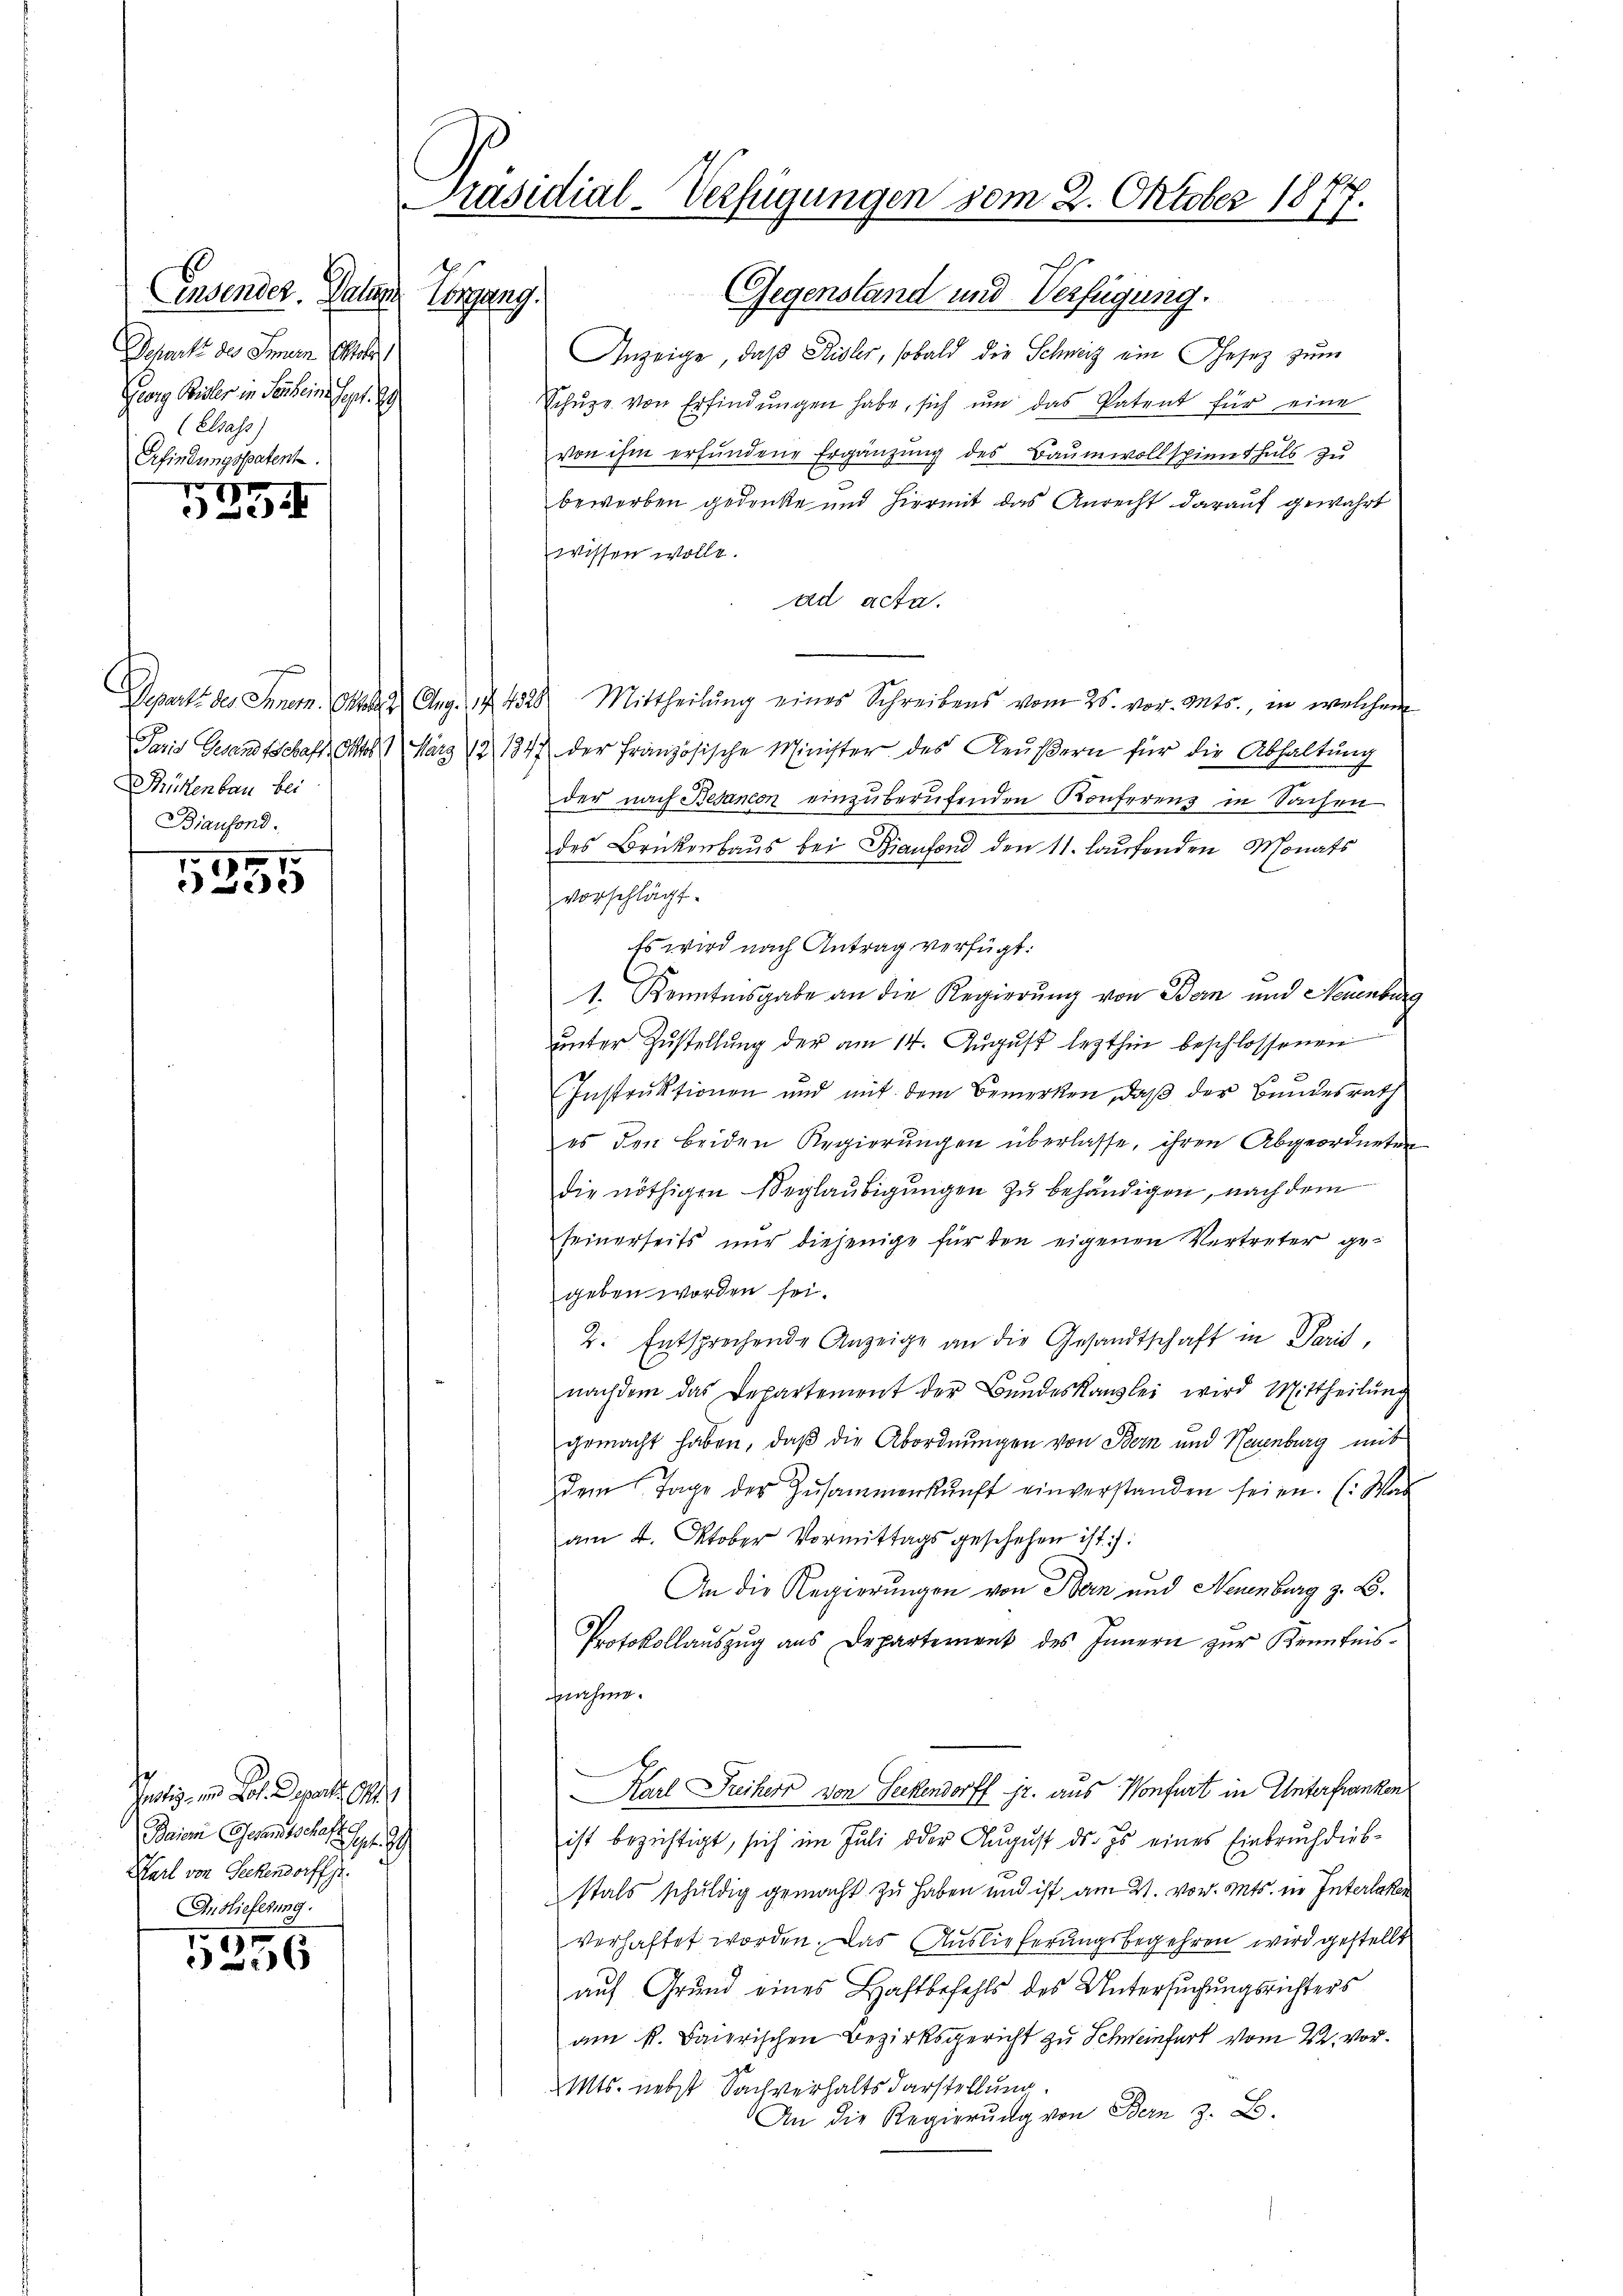
insender. Paten.
Coppeng.
Schaft des Innern Elter
Georg Büsler in Serbeins Sept. 19
(Elsass)
Erfindungspatent.

254

17
e

Potiz am 1. Depart. 19
Baier Gesandtschaft f. 9
Karl von Seckendorff se
Anslieferung.

5256

Füttenbau bei
Biaufond.

Präsidial-Verfügungen vom 2. Oktober 1877.
.

Gegenstand und Verfügung.
Anzeige, daß Sidler, sobald die Schweiz ein Gesez zum
Schŭpe von Erfindŭngen habe, sich ŭm das Patent für eine
von ihm erfŭndene Ergänzŭng des Baumwollspinnthals zŭ
beworben gedenke und hiermit das Anrecht darauf gewährt
wissen wolle.
ad acta.
Departs des Innern. Otten Aug. 17. 4328. Mittheilŭng eines Schreibens vom 25. vor. Mts., in welchem
Paris Gesandtschaft Otto 1 März 12, 1847 der Französische Minister des Reŭβern für die Abhaltŭng
der nach Besancen einzuberufenden Konferens in Sachen
des Brückenhaus bei Bianfond den 11. laufenden Monats
vorschlägt.
Es wird nach Antrag verfügt:
1. Kenntnisgabe an die Regierung von Bern und Neuenburg
unter Zustellung der am 14. August lezthin beschlossenen
Instruktionen und mit dem Bemerken, daß der Bundesrath
es den beiden Regierungen überlasse, ihren Abgeordneten
die nöthigen Weglaŭbigŭngen zu behändigen, nach dem
seinerseits nur diejenige für den eigenen Vertreter gegeben worden sei.
2. Entsprechende Anzeige an die Gesandtschaft in Paris,
nachdem das Departement der Bundeskanzlei wird Mittheilŭng
gemacht haben, daß die Abordnungen von Bern und Neuenburg mit
dem Tage der Zusammenkunft einverstanden seien. (Was
am 4. Oktober Vormittags geschehen ist:
An die Regierungen von Bern und Neuenburg z. B.
Protokollauszug aus Departement des Innern zur Kenntnisnahme.
Karl Freiherr von Seckendorff jr. aus Konfurt in Unterfranken
ist bezichtigt, sich im Juli oder August ds es eines Einbruch diebstals schuldig gemacht zu haben und ist am 21. vor. Mts. in Interlaken
verhaftet worden. Das Auslieferungsbegehren wird gestellt
auf Grund eines Haftbefehls des Untersuchungsrichters
am k. Baierischen Bezirksgericht zu Schweinfart vom 22. Vor¬
Mts. nebst Sachverhalts darstellung.
An die Regierŭng von Bern z. B.